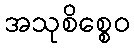
အသုစိစ္စေဝ